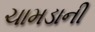
ચામડાની